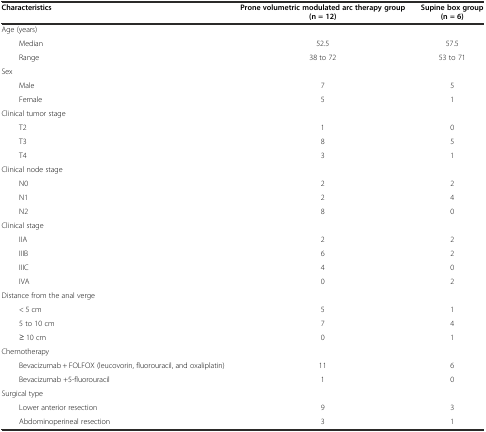
<table><thead><tr><td><b>Characteristics</b></td><td><b>Prone volumetric modulated arc therapy group (n = 12)</b></td><td><b>Supine box group (n = 6)</b></td></tr></thead><tbody><tr><td>Age (years)</td><td></td><td></td></tr><tr><td>Median</td><td>52.5</td><td>57.5</td></tr><tr><td>Range</td><td>38 to 72</td><td>53 to 71</td></tr><tr><td>Sex</td><td></td><td></td></tr><tr><td>Male</td><td>7</td><td>5</td></tr><tr><td>Female</td><td>5</td><td>1</td></tr><tr><td>Clinical tumor stage</td><td></td><td></td></tr><tr><td>T2</td><td>1</td><td>0</td></tr><tr><td>T3</td><td>8</td><td>5</td></tr><tr><td>T4</td><td>3</td><td>1</td></tr><tr><td>Clinical node stage</td><td></td><td></td></tr><tr><td>N0</td><td>2</td><td>2</td></tr><tr><td>N1</td><td>2</td><td>4</td></tr><tr><td>N2</td><td>8</td><td>0</td></tr><tr><td>Clinical stage</td><td></td><td></td></tr><tr><td>IIA</td><td>2</td><td>2</td></tr><tr><td>IIIB</td><td>6</td><td>2</td></tr><tr><td>IIIC</td><td>4</td><td>0</td></tr><tr><td>IVA</td><td>0</td><td>2</td></tr><tr><td>Distance from the anal verge</td><td></td><td></td></tr><tr><td>&lt; 5 cm</td><td>5</td><td>1</td></tr><tr><td>5 to 10 cm</td><td>7</td><td>4</td></tr><tr><td>≥ 10 cm</td><td>0</td><td>1</td></tr><tr><td>Chemotherapy</td><td></td><td></td></tr><tr><td>Bevacizumab + FOLFOX (leucovorin, fluorouracil, and oxaliplatin)</td><td>11</td><td>6</td></tr><tr><td>Bevacizumab +5-fluorouracil</td><td>1</td><td>0</td></tr><tr><td>Surgical type</td><td></td><td></td></tr><tr><td>Lower anterior resection</td><td>9</td><td>3</td></tr><tr><td>Abdominoperineal resection</td><td>3</td><td>1</td></tr></tbody></table>